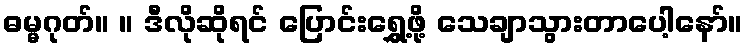
ဓမ္မဂုတ်။ ။ ဒီလိုဆိုရင် ပြောင်းရွှေ့ဖို့ သေချာသွားတာပေါ့နော်။